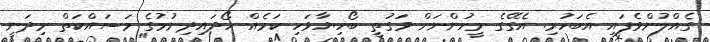
ގެއްލުންވެފައި އެބަހުރި. އެގޭގެ މީހުންނަށް ވަގުތީ ބޯހިޔާވަހި ކަމެއް ހޯދައިދިނުމުގެ މަސައްކަތް މިދަނީ